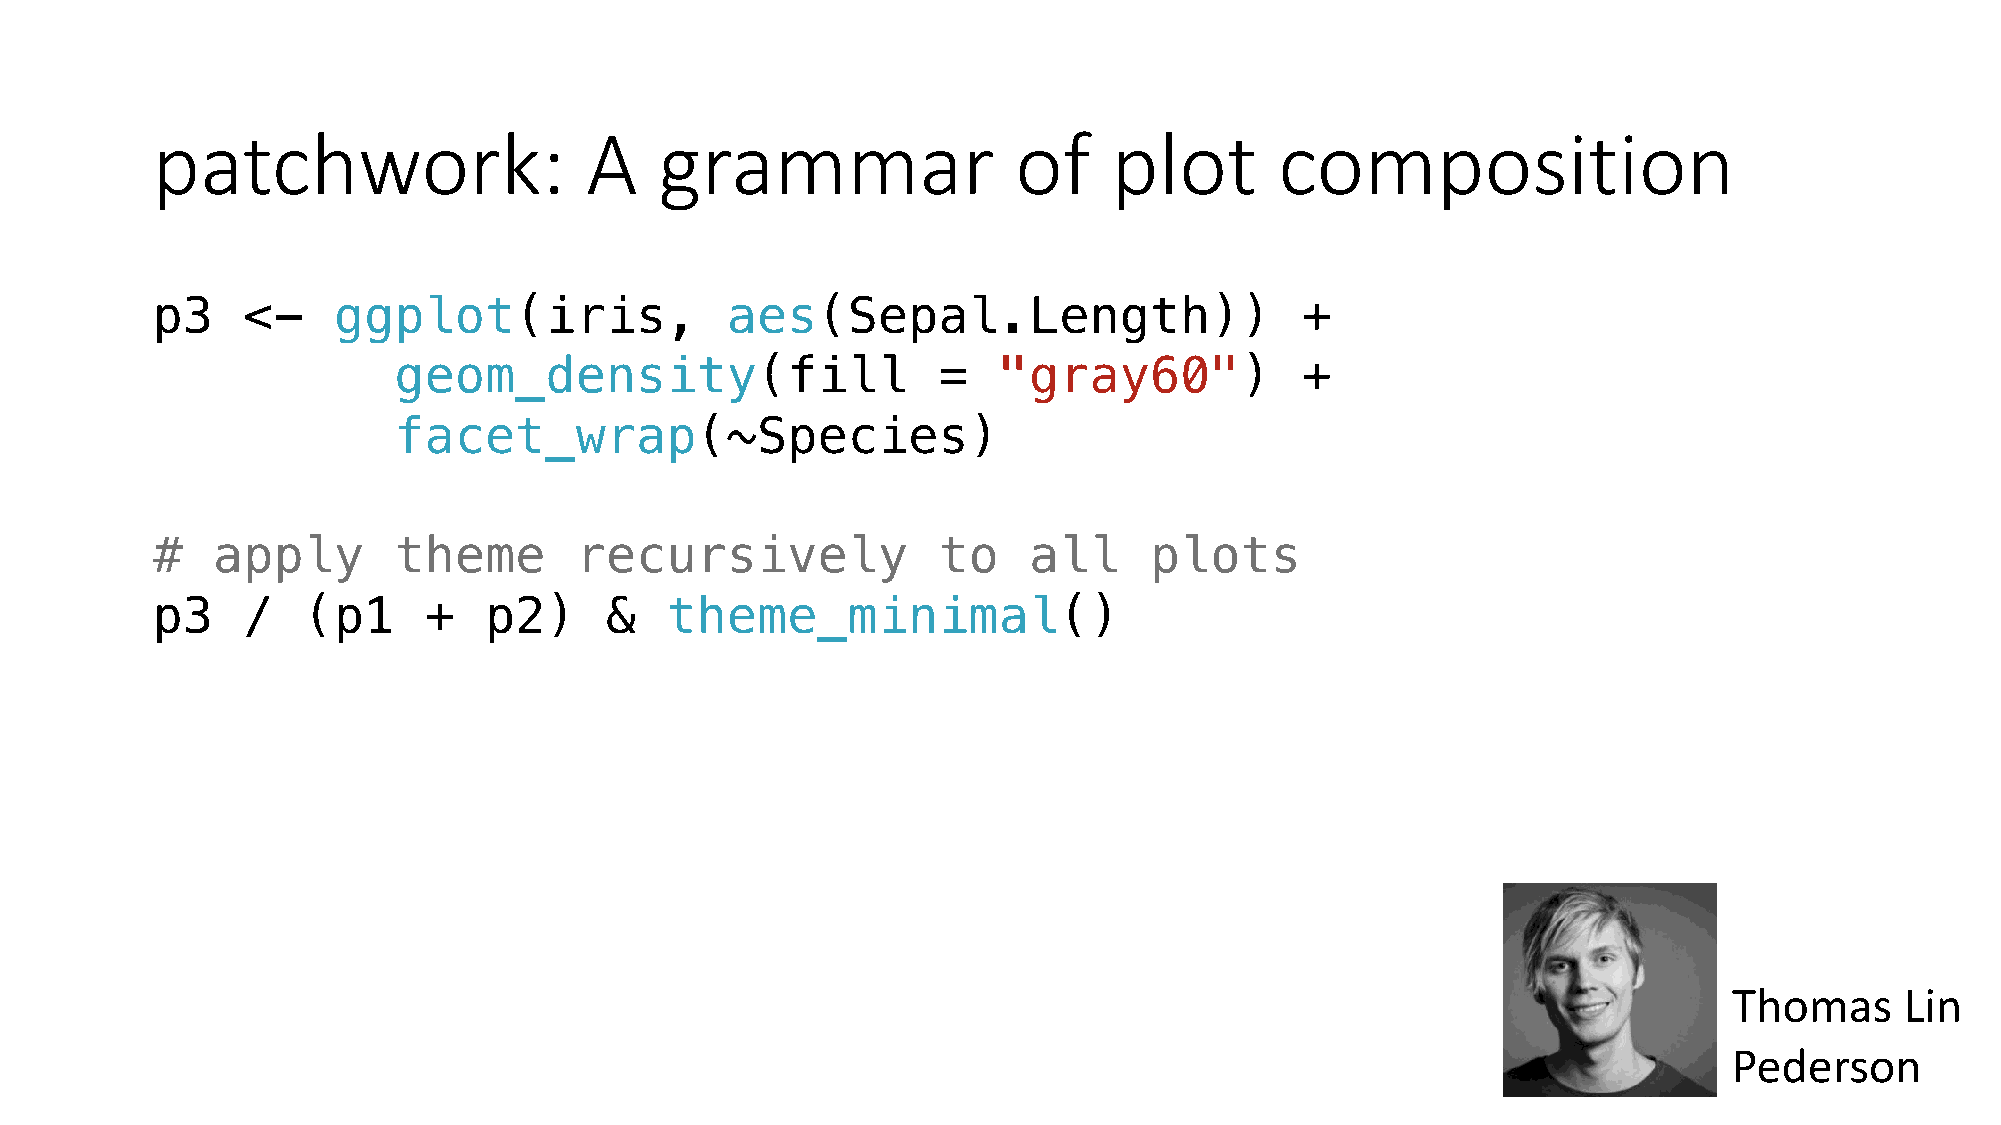
patchwork:                   A    grammar                of     plot       composition
 p3    <-    ggplot(iris,              aes(Sepal.Length))                    +
 geom_density(fill                   =   "gray60")           +
 facet_wrap(~Species)
 #   apply       theme       recursively             to    all     plots
 p3    /   (p1     +   p2)     &   theme_minimal()
 Thomas     Lin
 Pederson